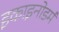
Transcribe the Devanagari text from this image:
इकाइनोडर्म